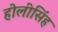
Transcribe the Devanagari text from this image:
होलीसिंह